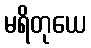
မရိတုယေ